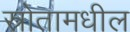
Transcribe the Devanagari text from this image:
स्रोतामधील